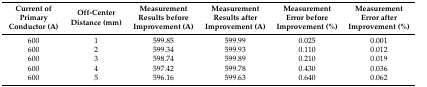
<table><thead><tr><td><b>Current of Primary Conductor (A)</b></td><td><b>Off-Center Distance (mm)</b></td><td><b>Measurement Results before Improvement (A)</b></td><td><b>Measurement Results after Improvement (A)</b></td><td><b>Measurement Error before Improvement (%)</b></td><td><b>Measurement Error after Improvement (%)</b></td></tr></thead><tbody><tr><td>600</td><td>1</td><td>599.85</td><td>599.99</td><td>0.025</td><td>0.001</td></tr><tr><td>600</td><td>2</td><td>599.34</td><td>599.93</td><td>0.110</td><td>0.012</td></tr><tr><td>600</td><td>3</td><td>598.74</td><td>599.89</td><td>0.210</td><td>0.019</td></tr><tr><td>600</td><td>4</td><td>597.42</td><td>599.78</td><td>0.430</td><td>0.036</td></tr><tr><td>600</td><td>5</td><td>596.16</td><td>599.63</td><td>0.640</td><td>0.062</td></tr></tbody></table>